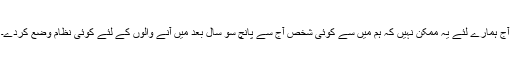
آج ہمارے لئے یہ ممکن نہیں کہ ہم میں سے کوئی شخص آج سے پانچ سو سال بعد میں آنے والوں کے لئے کوئی نظام وضع کردے۔